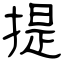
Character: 提